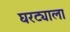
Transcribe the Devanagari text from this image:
घरट्याला